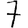
Digit: 7